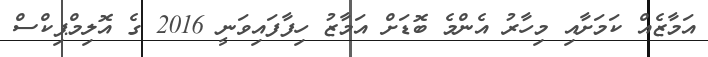
އަމާޒެއް ކަމަށާއި މިހާރު އެންމެ ބޮޑަށް އަމާޒު ހިފާފައިވަނީ 2016 ގެ އޮލިމްޕިކްސް